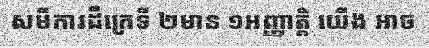
សមីការដឺក្រេទី ២មាន ១អញ្ញាត្តិ យើង អាច